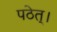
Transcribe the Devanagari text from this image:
पठेत्‌।